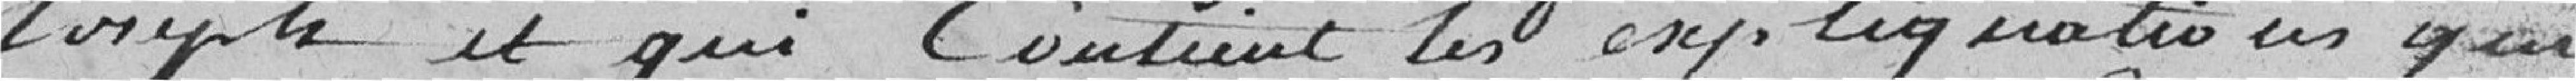
Joseph, et qui contient les explications qui